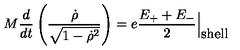
M \frac { d } { d t } \left( \frac { { \dot { \rho } } } { \sqrt { 1 - { \dot { \rho } } ^ { 2 } } } \right) = e \frac { E _ { + } + E _ { - } } { 2 } \Bigl | _ { \textstyle \mathrm { s h e l l } }